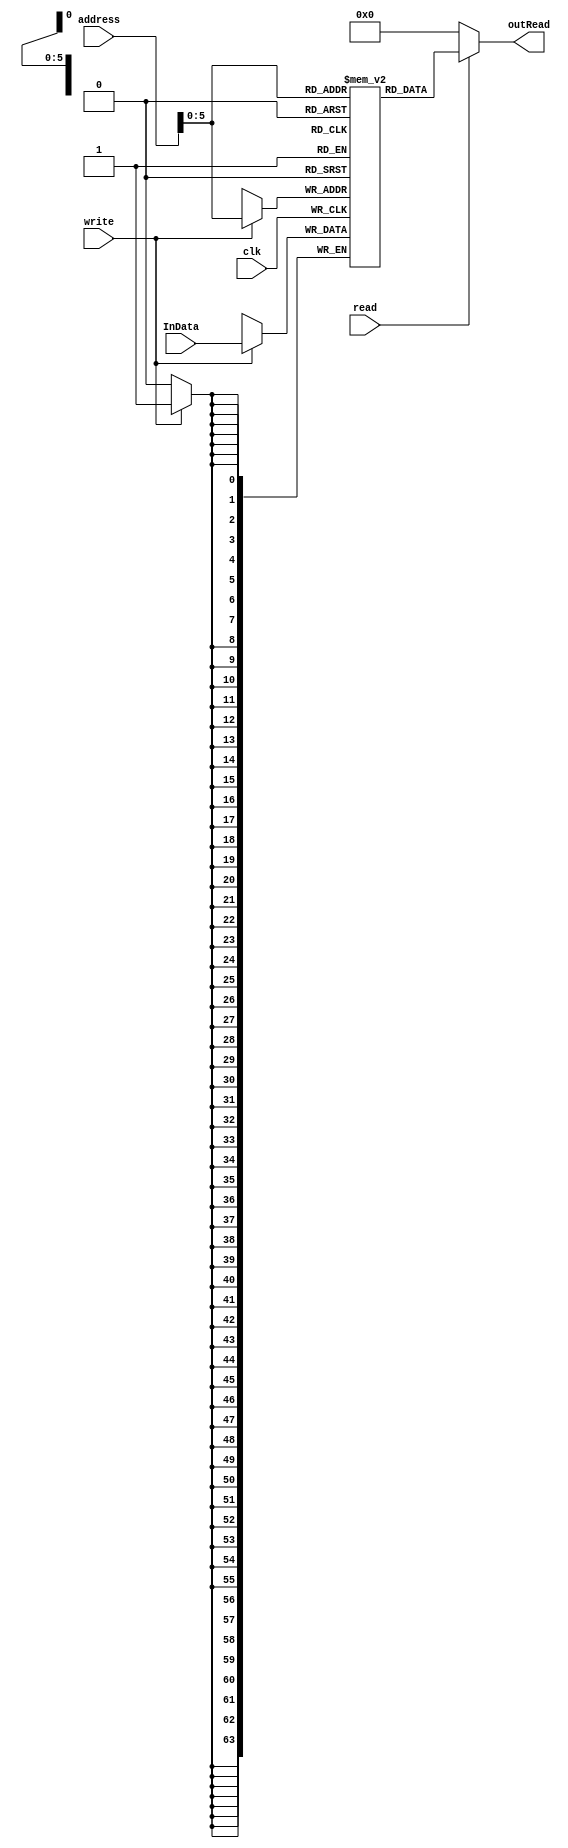
module DataMemory
 #( parameter delay = 50,parameter size=64)
(address,InData,outRead,write,read,clk);

input [63:0] address,InData;
input read,write;
output [63:0] outRead;
input clk;

reg [63:0] Memory[0:size-1];

integer j;
initial begin
		for(j=0;j<64;j=j+1)
			Memory[j] = 64'b11;
end

assign outRead =(read)? Memory[address] : 64'd0;
always@(posedge clk)
  begin 
      if(write)
        Memory[address]=InData;
  end
endmodule